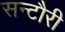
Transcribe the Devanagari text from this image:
सन्टौरी